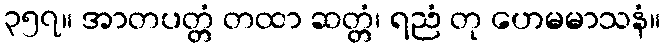
၃၅၇။ အာတပတ္တံ တထာ ဆတ္တံ၊ ရညံ တု ဟေမမာသနံ။